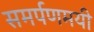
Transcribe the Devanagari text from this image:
समर्पणमयी